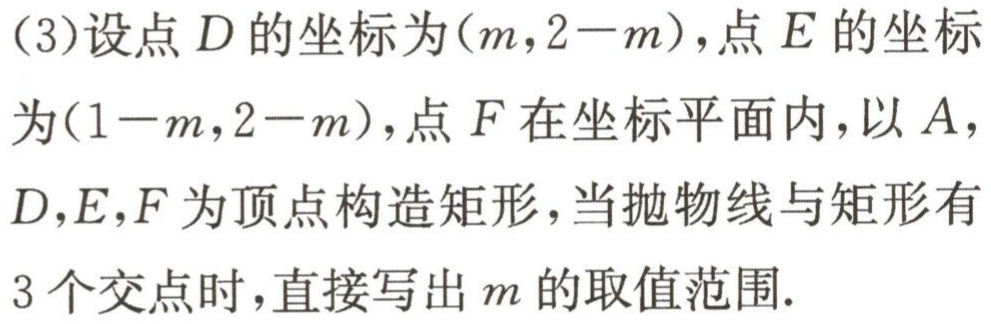
(3)设点$D$的坐标为$(m,2 - m)$，点$E$的坐标

为$(1 - m,2 - m)$，点$F$在坐标平面内，以$A$，

$D$，$E$，$F$为顶点构造矩形，当抛物线与矩形有

$3$个交点时，直接写出$m$的取值范围.